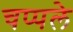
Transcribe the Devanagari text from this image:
चप्पले